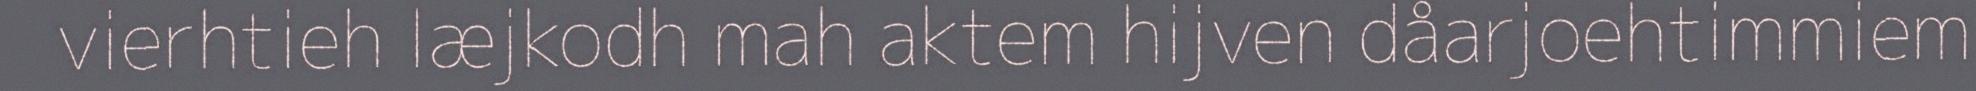
vierhtieh læjkodh mah aktem hijven dåarjoehtimmiem